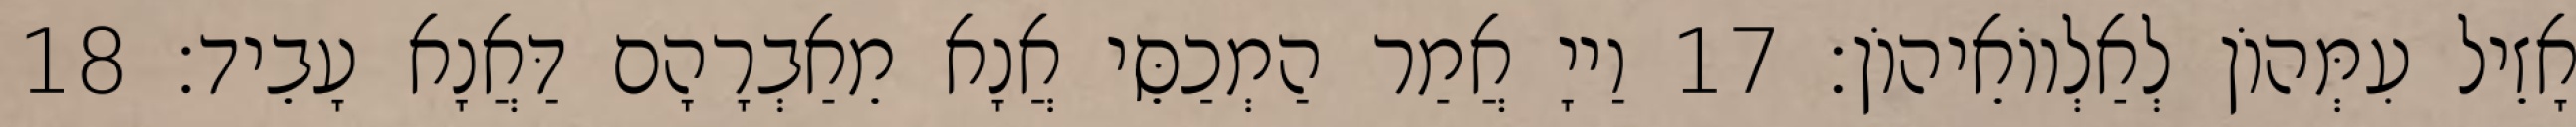
אָזֵיל עִמְּהוֹן לְאַלְווֹאֵיהוֹן׃ 17 וַייָ אֲמַר הַמְכַסֵּי אֲנָא מֵאַבְרָהָם דַּאֲנָא עָבֵיד׃ 18